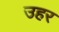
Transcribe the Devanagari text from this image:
उहर